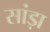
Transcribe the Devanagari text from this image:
सांड़ा